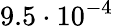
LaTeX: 9.5\cdot 10^{-4}